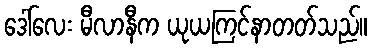
ဒေါ်လေး မီလာနီက ယုယကြင်နာတတ်သည်။